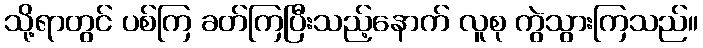
သို့ရာတွင် ပစ်ကြ ခတ်ကြပြီးသည့်နောက် လူစု ကွဲသွားကြသည်။